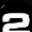
Digit: 2